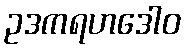
ဥဒကရဟဒေါဝ